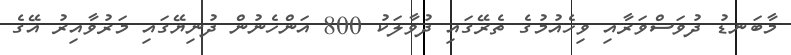
މާބަނޑު ދުވަސްވަރާއި ވިހެއުމުގެ ތެރޭގައި ދުވާލަކު 800 އަންހެނުން ދުނިޔޭގައި މަރުވާއިރު އޭގެ